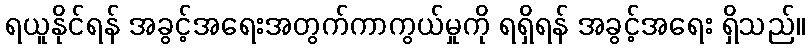
ရယူနိုင်ရန် အခွင့်အရေးအတွက်ကာကွယ်မှုကို ရရှိရန် အခွင့်အရေး ရှိသည်။